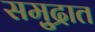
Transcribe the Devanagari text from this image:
समु्द्रात